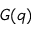
G ( q )